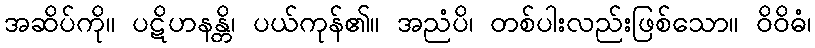
အဆိပ်ကို။ ပဋိဟနန္တိ၊ ပယ်ကုန်၏။ အညံပိ၊ တစ်ပါးလည်းဖြစ်သော။ ဝိဝိဓံ၊